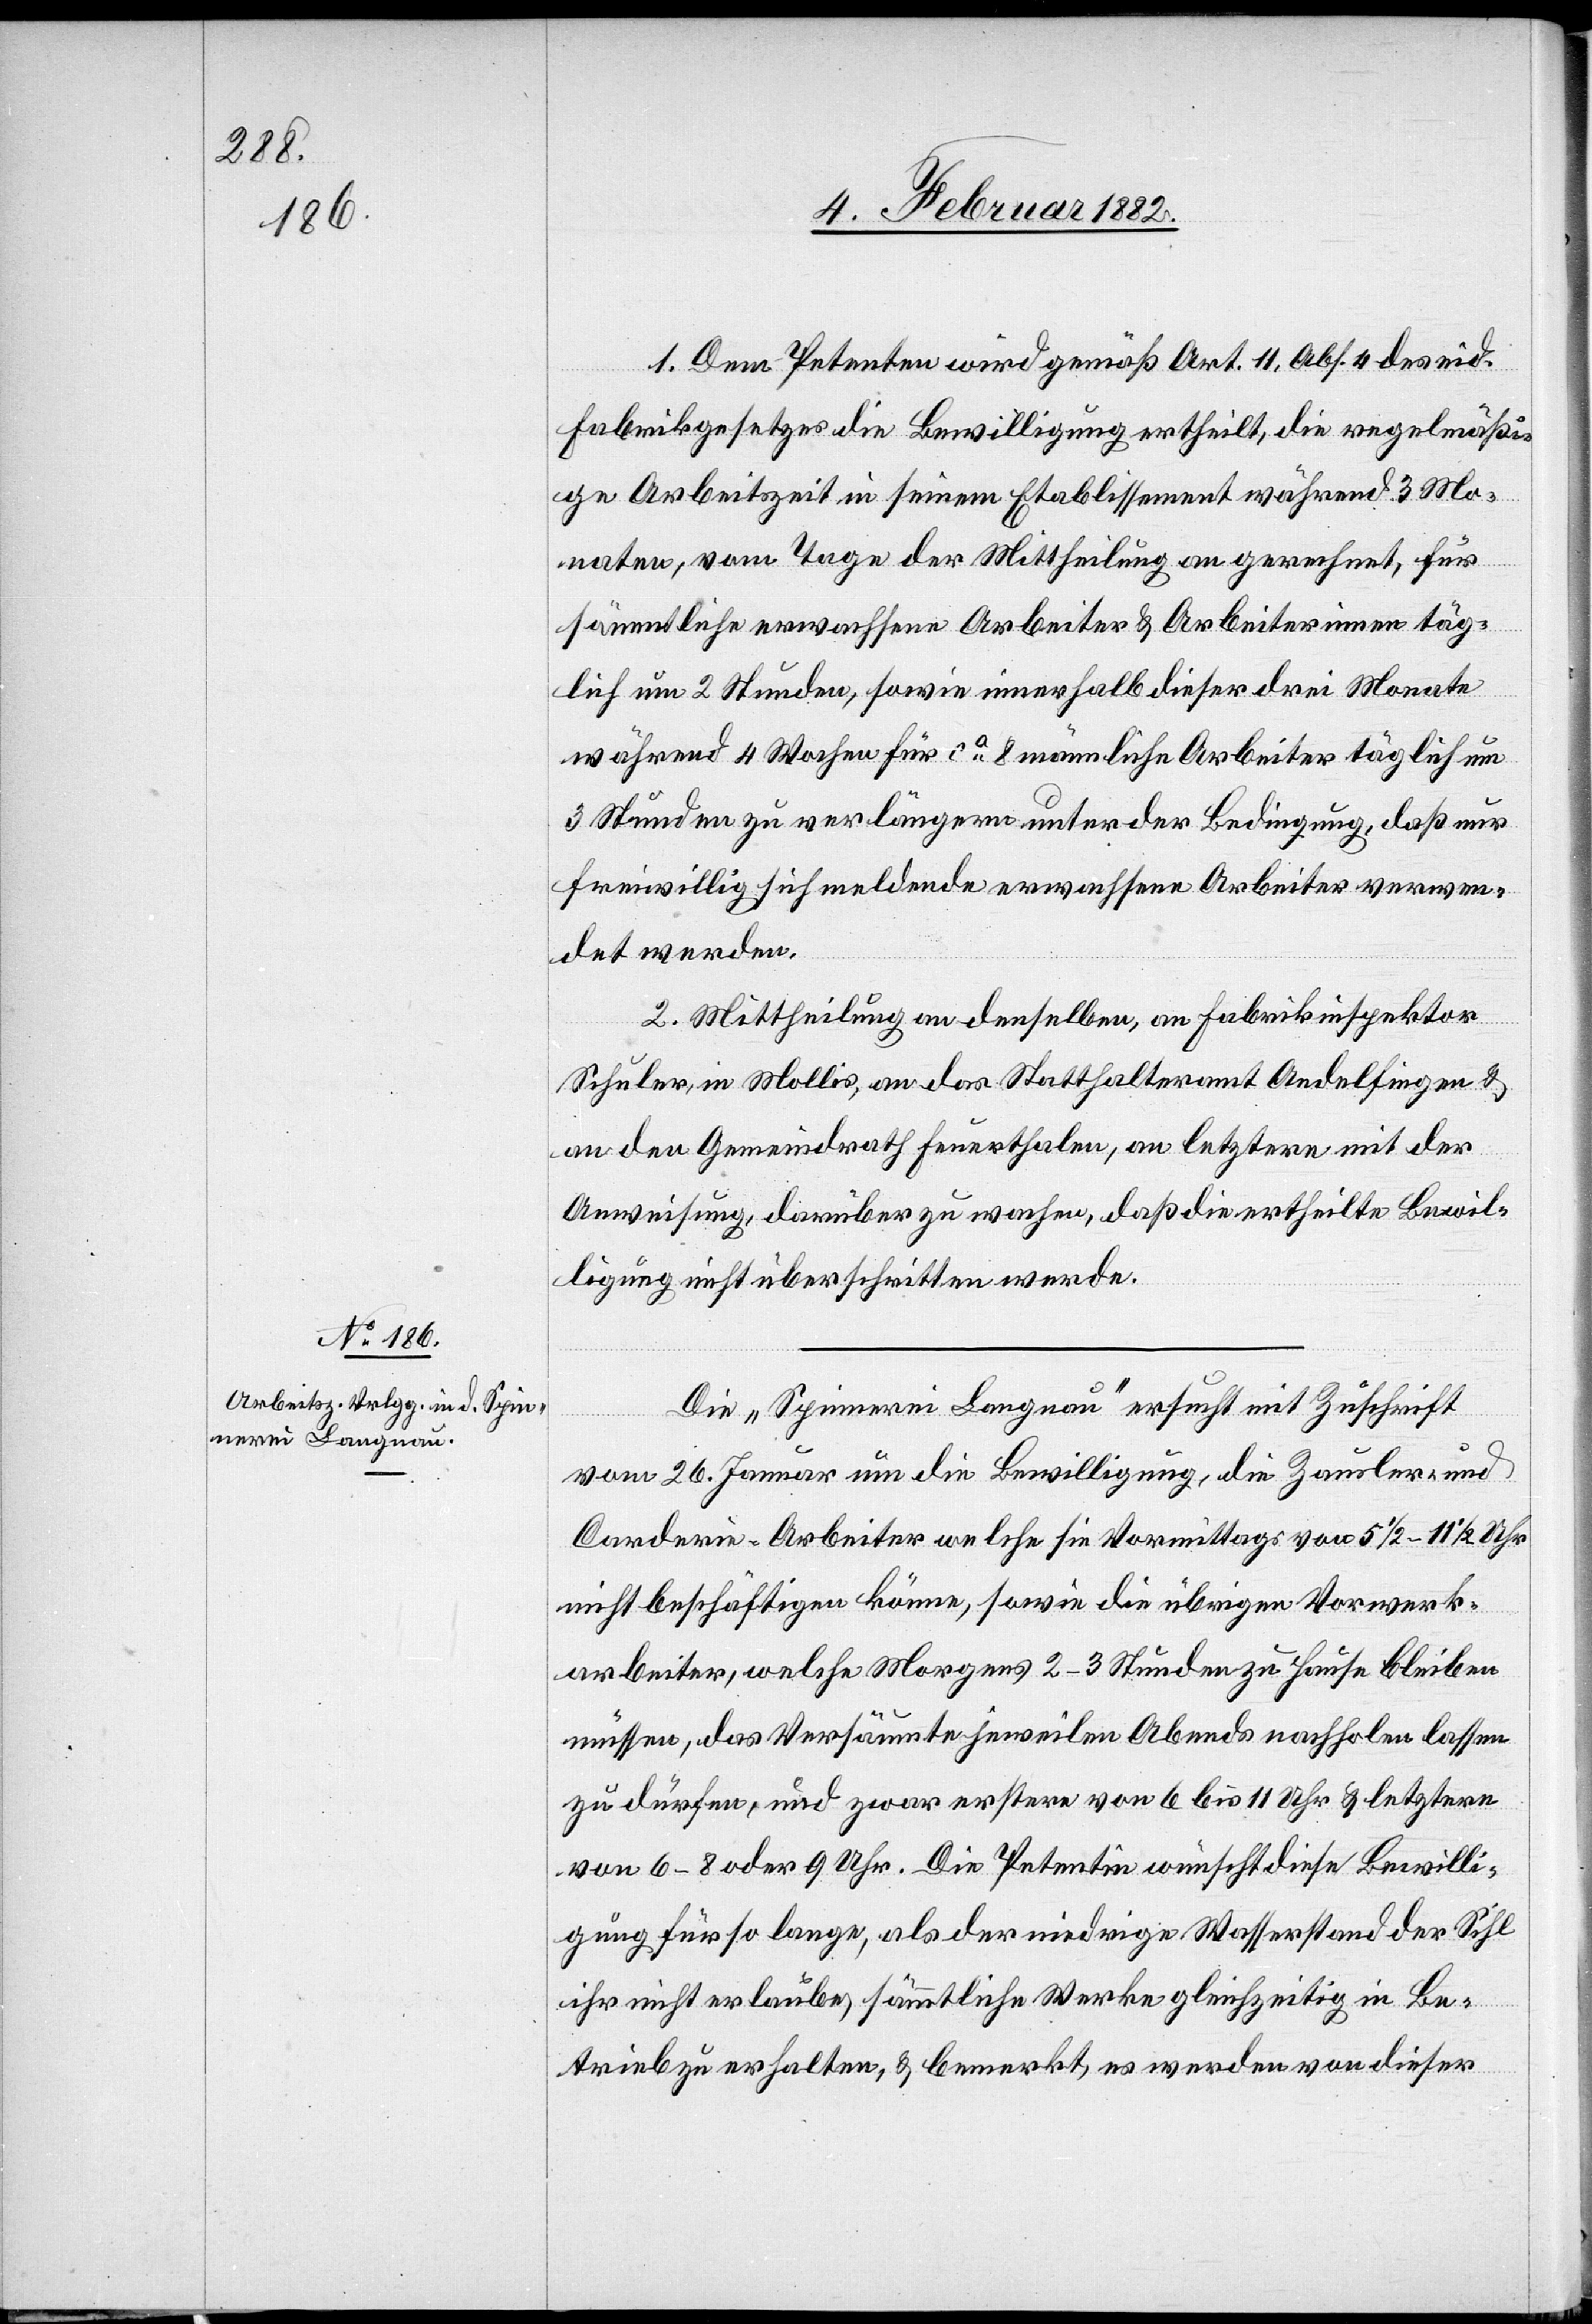
1. Dem Petenten wird gemäß Art. 11, Abs. 4 des eid.
Fabrikgesetzes die Bewilligung ertheilt, die regelmäßi¬
ge Arbeitszeit in seinem Etablissement während 3 Mo¬
naten, vom Tage der Mittheilung an gerechnet, für
sämmtliche erwachsene Arbeiter & Arbeiterinnen täg¬
lich um 2 Stunden, sowie innerhalb dieser drei Monate
während 4 Wochen für ca 8 männliche Arbeiter täglich um
3 Stunden zu verlängern unter der Bedingung, daß nur
freiwillig sich meldende erwachsene Arbeiter verwen¬
det werden.
2. Mittheilung an denselben, an Fabrikinspektor
Schuler, in Mollis, an das Statthalteramt Andelfingen &
an den Gemeindrath Feuerthalen, an letztern mit der
Anweisung, darüber zu wachen, daß die ertheilte Bewil¬
ligung nicht überschritten werde.
Die „Spinnerei Langnau“ ersucht mit Zuschrift
vom 26. Januar um die Bewilligung, die Zausler- und
Carderin-Arbeiter welche sie Vormittags von 5 1/2–11 1/2 Uhr
nicht beschäftigen könne, sowie die übrigen Vorwerk¬
arbeiter, welche Morgens 2–3 Stunden zu Hause bleiben
müssen, das Versäumte jeweilen Abends nachholen lassen
zu dürfen, und zwar erstere von 6 bis 11 Uhr & letztere
von 6–8 oder 9 Uhr. Die Petentin wünscht diese Bewilli¬
gung für so lange, als der niedrige Wasserstand der Sihl
ihr nicht erlaube, sämmtliche Werke gleichzeitig in Be¬
trieb zu erhalten, & bemerkt, es werden von dieser